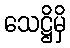
သေဋ္ဌိမှိ